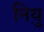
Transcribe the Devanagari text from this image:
नियु